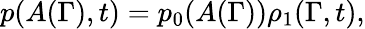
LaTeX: p(A(\Gamma),t)=p_{0}(A(\Gamma))\rho_{1}(\Gamma,t),